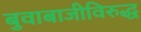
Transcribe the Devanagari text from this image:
बुवाबाजीविरुद्ध